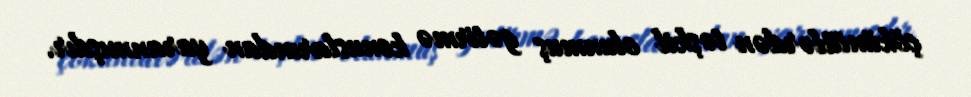
çöküntülərdən təşkil olunmuş gətirmə konuslarından yaranmışdır.